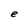
Character: e